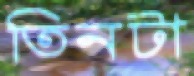
তিনটা